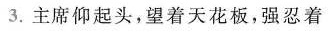
主席仰着头，望着天花板，强忍着